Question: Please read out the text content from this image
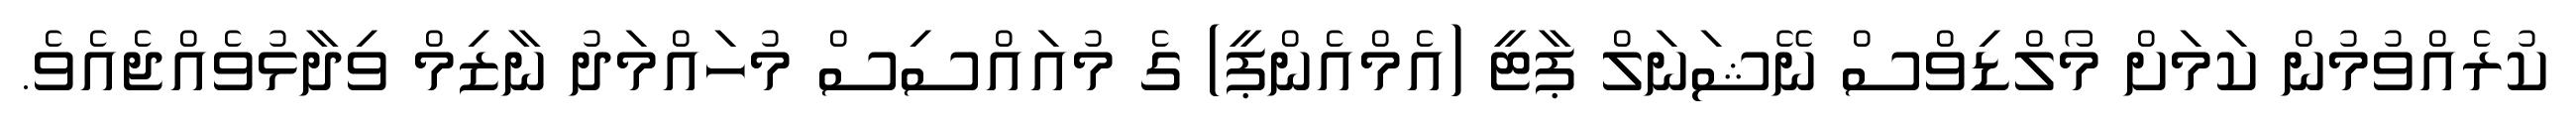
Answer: ކުރެއްވުމުން ކަމަށް މޯލްޑިވްސް ނޭޝަނަލް ޕާޓީ (އެމްއެންޕީ) ގެ މުއައްސިސް މުހައްމަދު ނާޒިމް ވިދާޅުވެއްޖެއެވެ.